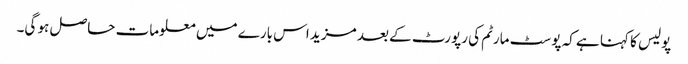
پولیس کا کہنا ہے کہ پوسٹ مارٹم کی رپورٹ کے بعد مزید اس بارے میں معلومات حاصل ہو گی۔